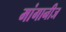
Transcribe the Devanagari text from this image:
मांगानीज